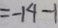
= - 1 4 - 1